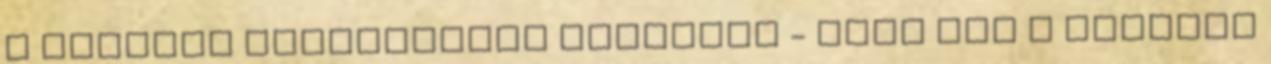
a szakács csinálhatna pudingot - tele van a kambúza